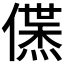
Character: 𬿱